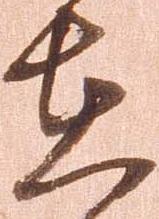
在